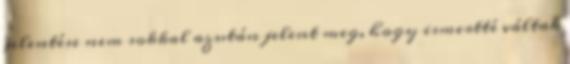
jelentése nem sokkal azután jelent meg, hogy ismertté váltak